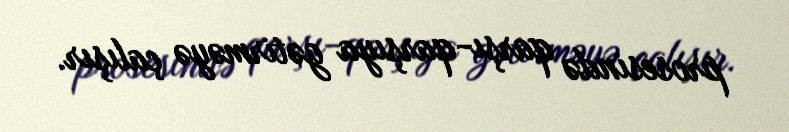
prosesində qarşı-qarşıya gətirməyə çalışır.